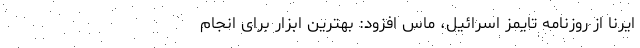
ایرنا از روزنامه تایمز اسرائیل، ماس افزود: بهترین ابزار برای انجام